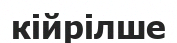
кійрілше